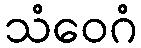
သံဝေဂံ